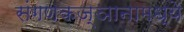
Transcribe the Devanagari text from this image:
संगणकज्ञानामध्ये